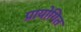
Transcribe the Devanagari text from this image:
प्रायोगित